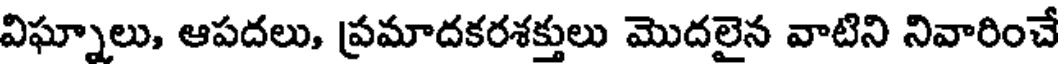
విఘ్నాలు, ఆపదలు, ప్రమాదకరశక్తులు మొదలైన వాటిని నివారించే